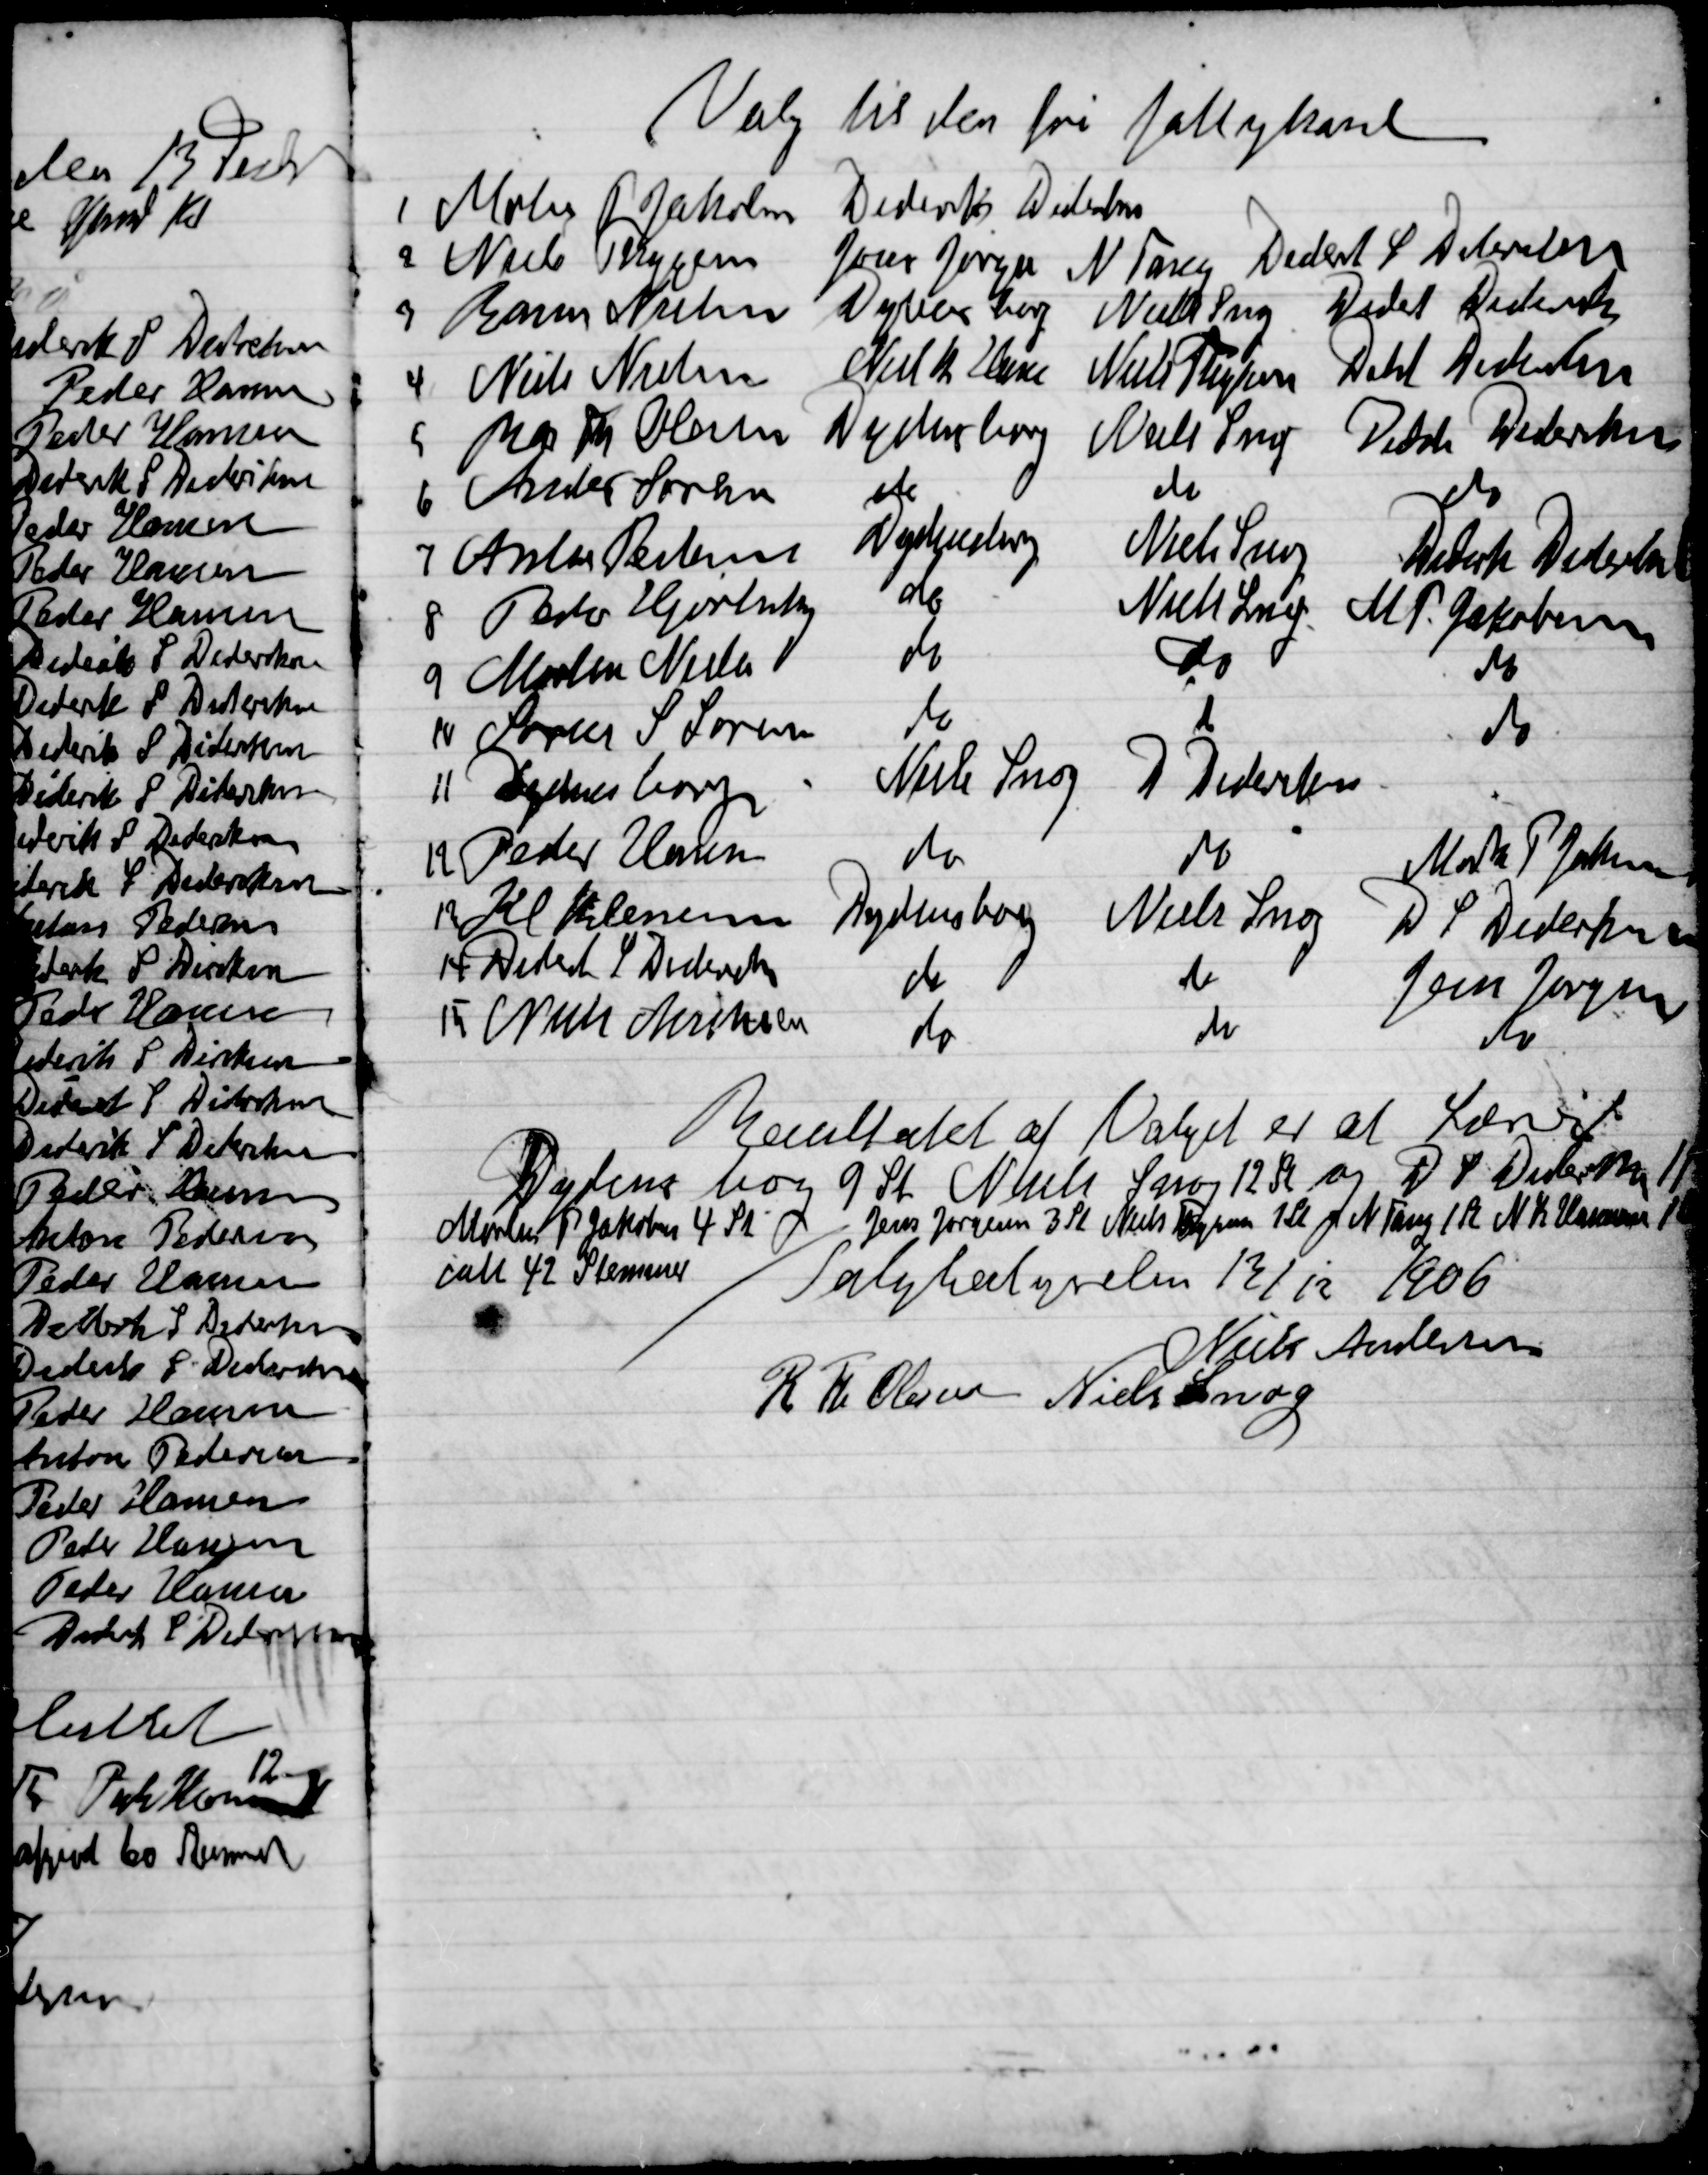
Transskription:
Resultatet af Valget er at Lærer
Dydensborg 9 St. Niels Snog 12 St. og D. S. Dideriksen 11 St.
Morten P. Jakobsen 4 St. Jens Jørgensen 3 St. Niels Thygsen 1 St. og N. Tang 1 St. N. K. Hansen 1 St.
Ialt 42 Stemmer
Valgbestyrelsen 13/12 1906

Niels Andersen
R. Th. Olsen
Niels Snog